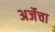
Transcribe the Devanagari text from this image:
अर्जेचा